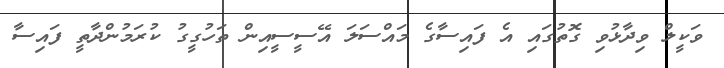
ވަކީލް ވިދާޅުވި ގޮތުގައި އެ ފައިސާގެ މައްސަލަ އޭސީސީއިން ތަހުގީގު ކުރަމުންދާތީ ފައިސާ